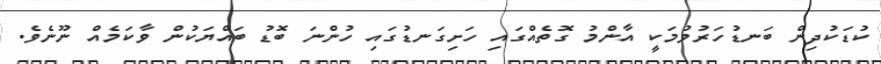
ކުޑަކުދިން ބަނޑުހަރުވުމަކީ އާންމު ގޮތެއްގައި ހަށިގަނޑުގައި ހުންނަ ބޮޑު ބައްޔަކުން ވާކަމެއް ނޫނެވެ.